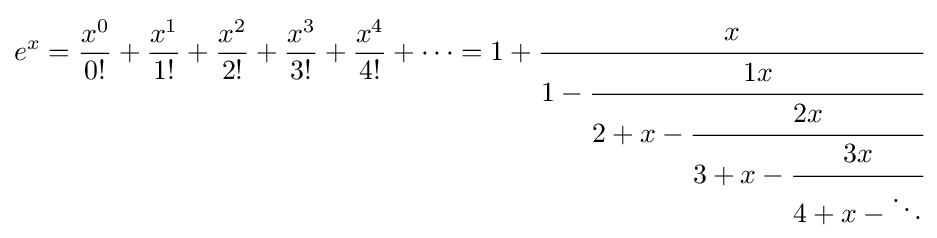
e^{x}={\frac {x^{0}}{0!}}+{\frac {x^{1}}{1!}}+{\frac {x^{2}}{2!}}+{\frac {x^{3}}{3!}}+{\frac {x^{4}}{4!}}+\cdots =1+{\cfrac {x}{1-{\cfrac {1x}{2+x-{\cfrac {2x}{3+x-{\cfrac {3x}{4+x-\ddots }}}}}}}}